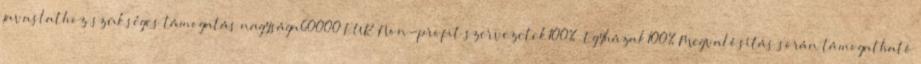
javaslathoz szükséges támogatás nagysága60000 EUR▪Non-profit szervezetek100% ▪Egyházak100%▪Megvalósítás során támogatható